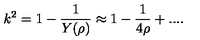
k ^ { 2 } = 1 - \frac { 1 } { Y ( \rho ) } \approx 1 - \frac { 1 } { 4 \rho } + . . . .